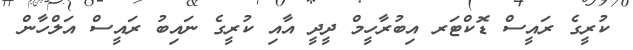
ކުރީގެ ރައީސް ޑޮކްޓަރ އިބުރާހީމް ދީދީ އާއި ކުރީގެ ނައިބު ރައީސް އަލްހާން